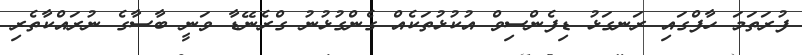
ފުރަތަމަ ހާފްގައި ރަނގަޅު ޑިފެންސިވް އުކުޅުތަކެއް ގެންގުޅުނު ގްރެނޭޑާ ވަނީ ބާސާގެ ނުރައްކާތެރި